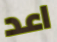
اعد